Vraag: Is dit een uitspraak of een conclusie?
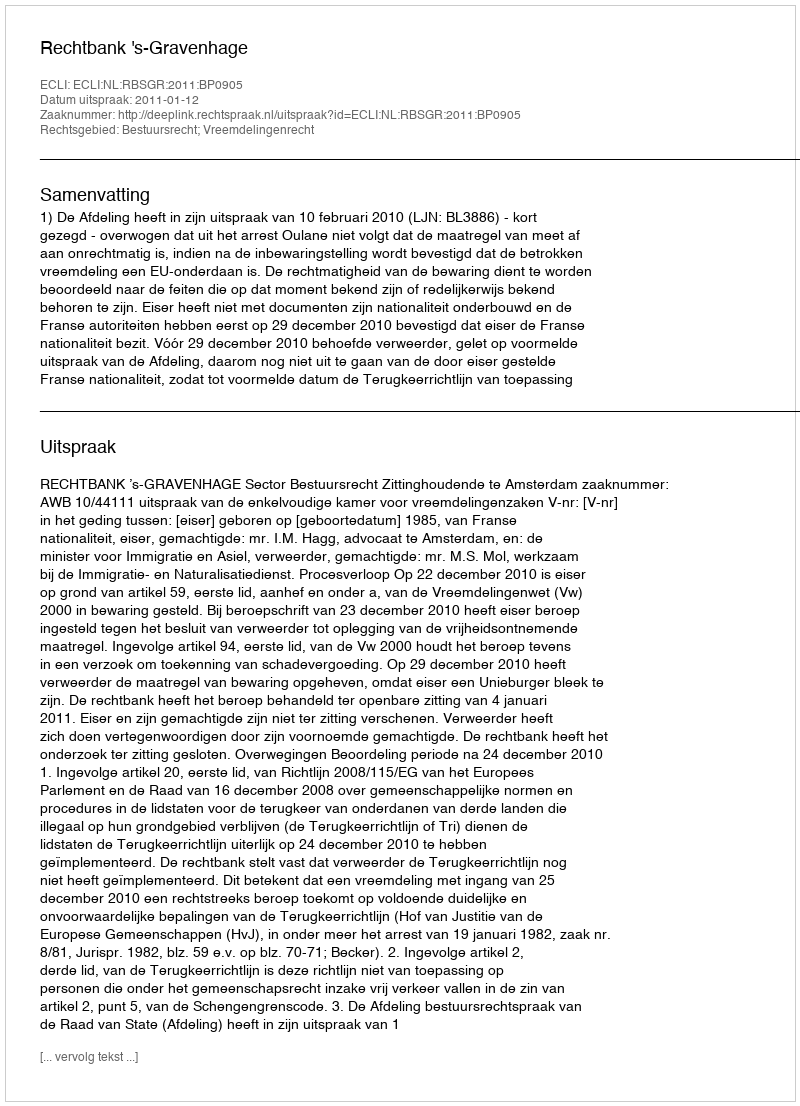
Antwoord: Uitspraak